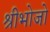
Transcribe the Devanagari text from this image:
श्रीभोजो